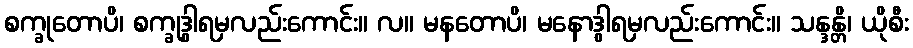
စက္ခုတောပိ၊ စက္ခုဒွါရမှလည်းကောင်း။ လ။ မနတောပိ၊ မနောဒွါရမှလည်းကောင်း။ သန္ဒန္တိ၊ ယိုစီး